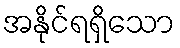
အနိုင်ရရှိသော